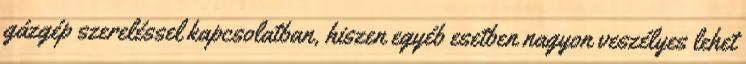
gázgép szereléssel kapcsolatban, hiszen egyéb esetben nagyon veszélyes lehet